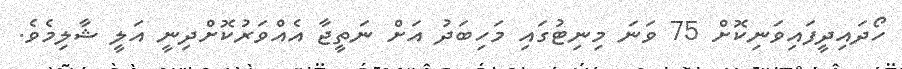
ހޯދައިދީފައިވަނިކޮށް 75 ވަނަ މިނިޓުގައި މަހިބަދު އަށް ނަތީޖާ އެއްވަރުކޮށްދިނީ އަލީ ޝާލިމެވެ.